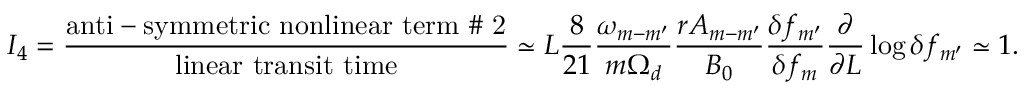
I _ { 4 } = \frac { \mathrm { a n t i - s y m m e t r i c ~ n o n l i n e a r ~ t e r m ~ \# ~ 2 } } { \mathrm { l i n e a r ~ t r a n s i t ~ t i m e } } \simeq L \frac { 8 } { 2 1 } \frac { \omega _ { m - m ^ { \prime } } } { m \Omega _ { d } } \frac { r A _ { m - m ^ { \prime } } } { B _ { 0 } } \frac { \delta f _ { m ^ { \prime } } } { { \delta f _ { m } } } \frac { \partial } { \partial L } \log \delta f _ { m ^ { \prime } } \simeq 1 .